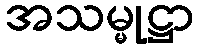
အသမ္မုဋ္ဌာ